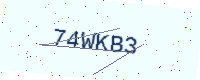
Text: 74WKB3